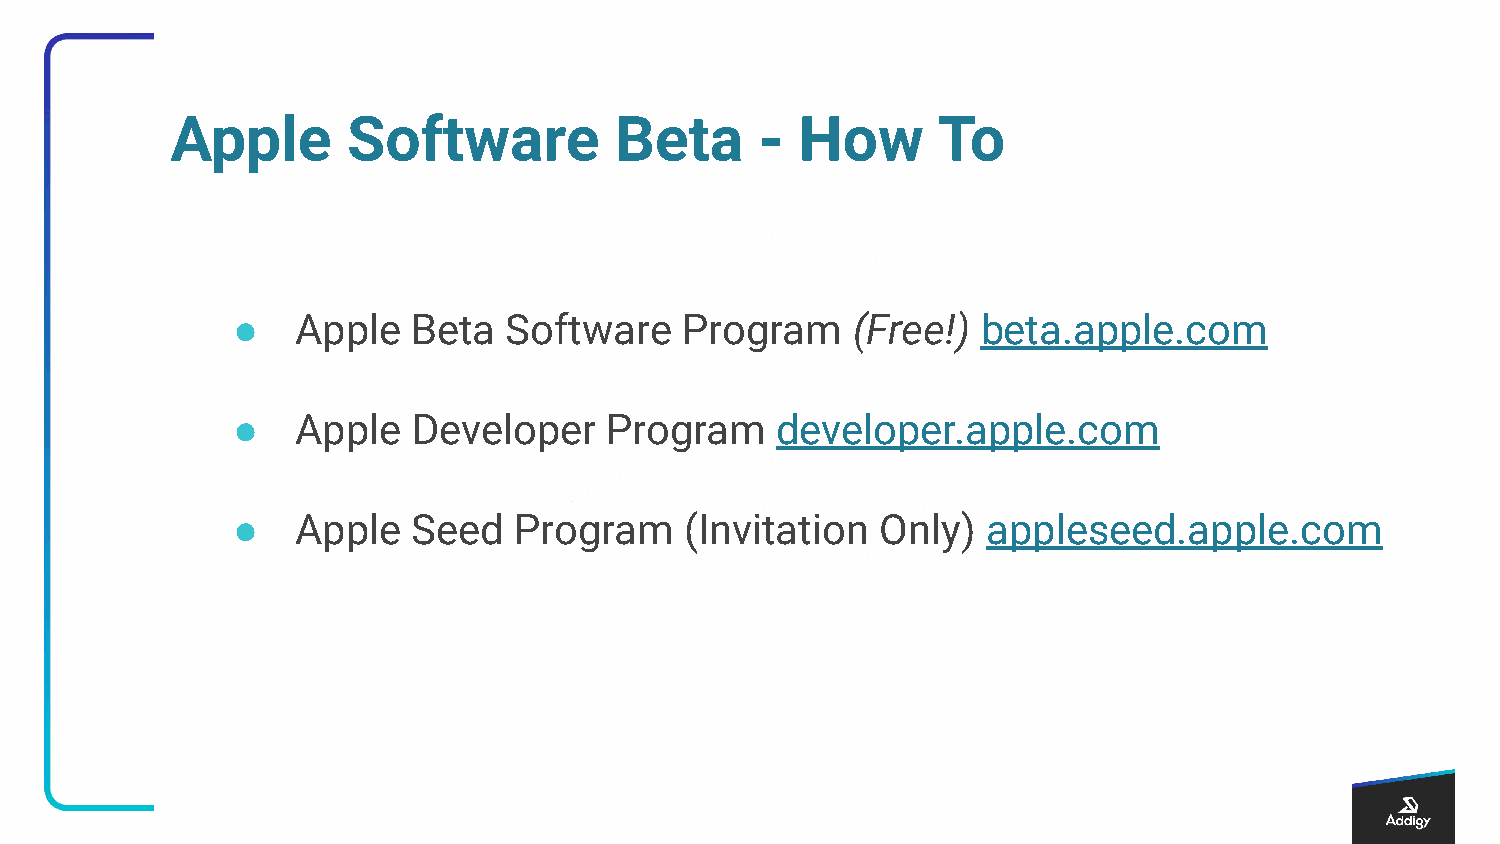
Apple       Software          Beta     -  How      To
 ●    Apple  Beta   Software   Program    (Free!)  beta.apple.com
 ●    Apple  Developer    Program    developer.apple.com
 ●    Apple  Seed   Program    (Invitation  Only)  appleseed.apple.com